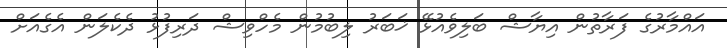
އައްމާރުގެ ފަރާތުން އިޔާޝް ބަލިވެއުޅޭ ޚަބަރު ލިބުމުން މެހްވިޝް ދަރިފުޅު ދެކެލަން އެގެއަށް